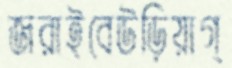
জরাইবেউড়িয়াগ্